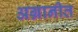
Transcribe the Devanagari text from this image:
अग्रानीत